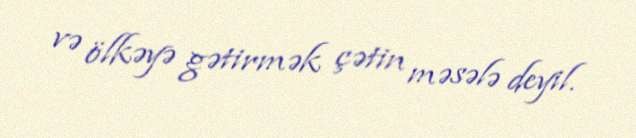
və ölkəyə gətirmək çətin məsələ deyil.